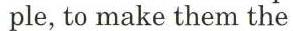
ple, to make them the